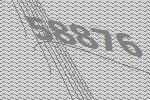
58876